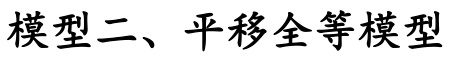
模型二、平移全等模型